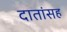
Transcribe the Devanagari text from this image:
दातांसह